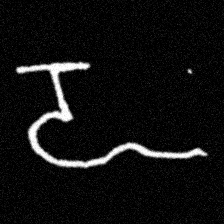
Pyu character \u2014 Myanmar letter: ဍ (romanized: dda)